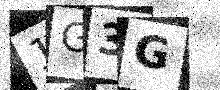
Text: 1G3G